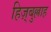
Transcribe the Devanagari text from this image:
हिज़्बुल्लाह